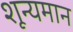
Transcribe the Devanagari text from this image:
शून्यमान